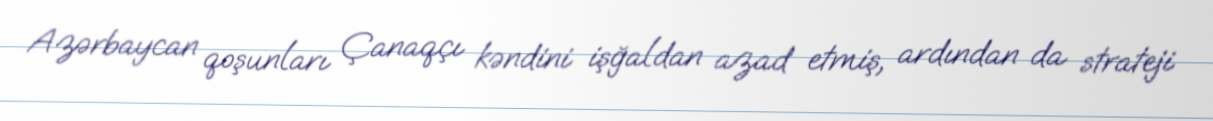
Azərbaycan qoşunları Çanaqçı kəndini işğaldan azad etmiş, ardından da strateji